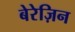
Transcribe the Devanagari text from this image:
बेरेज़िन